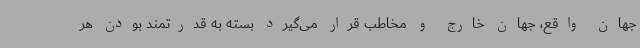
جهان واقع، جهان خارج و مخاطب قرار می‌گیرد بسته به قدرتمند بودن هر